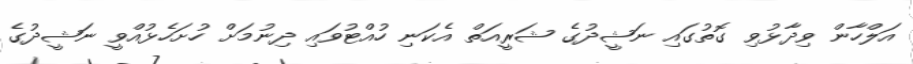
އަލްހާން ވިދާޅުވި ގޮތުގައި ނަޝީދުގެ ޝަރީއަތް އެކަނި ހުއްޓުވައި ދިނުމަށް ހުށަހެޅުއްވީ ނަޝީދުގެ